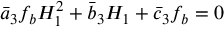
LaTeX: \bar { a } _ { 3 } f _ { b } H _ { 1 } ^ { 2 } + \bar { b } _ { 3 } H _ { 1 } + \bar { c } _ { 3 } f _ { b } = 0